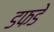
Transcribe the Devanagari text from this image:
डफडे